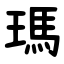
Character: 瑪